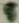
Text: 5